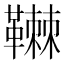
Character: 䪂